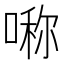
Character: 𠺰